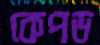
কেপড